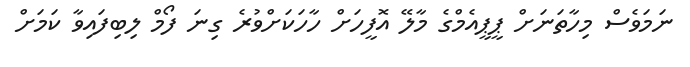
ނަމަވެސް މިހާތަނަށް ޕީޕީއެމްގެ މާލޭ އޮފީހަށް ހާހަކަށްވުރެ ގިނަ ފޯމް ލިބިފައިވާ ކަމަށް